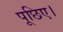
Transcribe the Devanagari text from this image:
पूछिए।